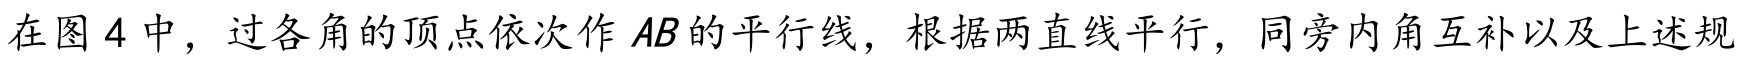
在图 \(4\) 中，过各角的顶点依次作 \(AB\) 的平行线，根据两直线平行，同旁内角互补以及上述规